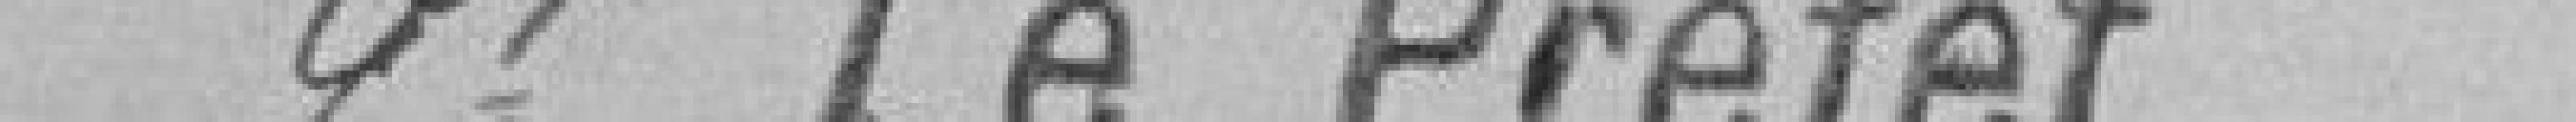
M. Le Préfet